Lunatic asylums Burma 1907-21 - 1907-1921
Year: 1907
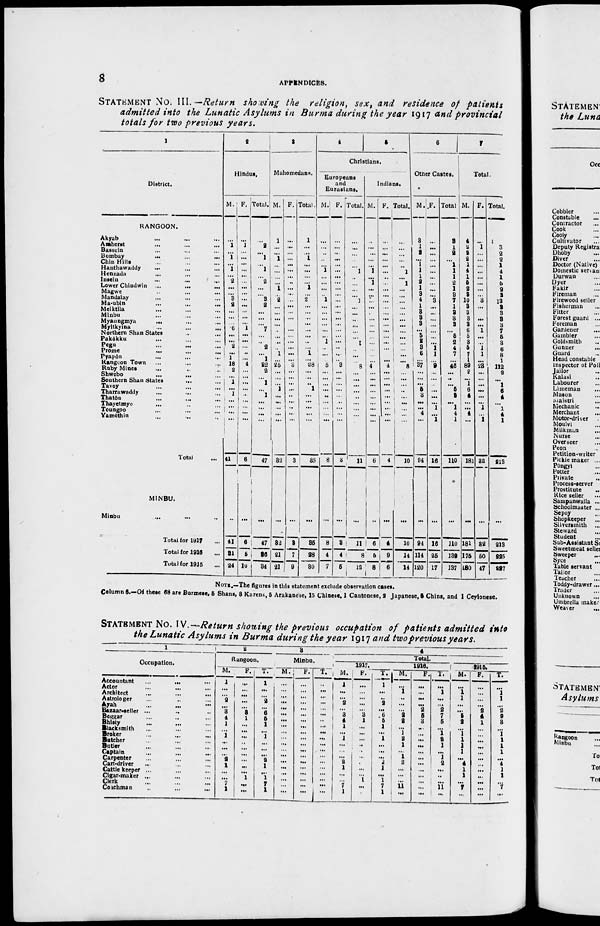
8 APPENDICES.
STATEMENT No. III.— Return showing the religion, sex, and residence of patients
admitted into the Lunatic Asylums in Burma during the year 1917 and provincial
totals for two previous years.
1
District.
RANGOON.
Akyab ... ... ...
Amherst ... ... ...
Bassein ... ... ...
Bombay
...
...
...
Chin Hills ... ... ...
Hanthawaddy ... ... ...
Henzada ... ... ...
Insein ... ... ...
Lower Chindwin ...
... ...
Magwe ... ... ...
Mandalay ... ... ...
Ma-ubin ... ... ...
Meiktila ... ... ...
Minbu ... ... ...
Myaungmya
... ... ...
Myitkyina
...
...
...
Northern Shan States ... ...
Pakôkku ... ... ...
Pegu ... ... ...
Prome ... ... ...
Pyapôn ... ... ...
Rangoon Town ... ... ...
Ruby Mines ... ... ...
Shwebo ... ... ...
Southern Shan States
... ...
Tavoy ... ... ...
Tharrawaddy ... ... ...
Thatôn ... ... ...
Thayetmyo ... ... ...
Toungoo ... ... ...
Yamèthin ... ... ...
Total ...
MINBU.
Minbu ... ... ...
Total for 1917 ...
Total for 1916 ...
Total for 1915 ...
2
Hindus.
M.
...
1
...
1
...
1
...
2
...
...
3
2
...
...
...
6
...
...
2
... 1
18
2
...
1
...
1
...
...
...
...
41
...
41
31
24
F.
...
1
... ...
...
...
...
... ...
...
...
...
...
...
...
1
...
...
... ...
... 4
...
...
...
...
...
...
...
...
...
6
...
6
5
10
Total.
...
2
...
1
... 1
...
2
...
... 3
2
...
... ...
7
...
... 2
... 1
22
2
...
1
...
1
...
...
...
...
47
...
47
36
34
3
Mahomedans.
M.
1
... ... 1
... ...
...
... 1
... 2
... ...
... ...
... ...
...
... 1
... 25
...
...
...
1
...
...
...
...
...
32
...
32
21
21
F.
...
...
...
...
...
...
...
...
...
...
... ...
...
...
... ...
... ...
...
...
... 3
...
...
...
...
...
...
...
...
...
3
...
3
7
9
Total.
1
...
...
1
...
...
...
... 1
...
2
...
...
...
...
...
...
...
...
1
...
28
...
...
...
1
...
...
...
...
...
35
...
35
28
30
4
5
Christians.
Europeans
and
Eurasians.
M.
...
...
...
... ...
1
...
...
... ...
1
...
...
...
... ...
... 1
...
...
... 5
...
...
...
...
...
...
...
...
...
8
...
8
4
7
F.
...
...
...
...
...
...
...
...
...
...
...
...
...
...
...
...
...
...
...
...
... 3
...
...
...
...
...
...
...
...
...
3
...
3
4
5
Total.
...
...
...
...
... 1
... ...
...
... 1
... ...
...
...
... ... 1
... ...
... 8
...
...
... ...
...
...
...
...
...
11
...
11
8
12
Indians.
M.
...
...
...
...
...
1
...
1
...
...
...
...
... ...
...
...
...
...
... ...
... 4
...
...
...
...
...
...
...
...
...
6
...
6
5
8
F.
...
...
...
...
...
...
...
...
...
...
...
...
...
...
...
... ...
... ...
...
...
4
...
...
... ...
...
... ...
...
...
4
...
4
9
6
Total.
...
... ...
...
... 1
... 1
...
...
...
...
...
...
...
...
...
...
...
...
...
8
...
...
...
...
...
...
...
...
...
10
...
10
14
14
6
Other Castes.
M.
3
1
2 ...
1
1
1
2
1 3
4
1
3 3
3
...
5
2
3
6
... 37
...
...
...
5
3
...
...
4
...
94
...
94
114
120
F.
...
...
...
...
...
...
...
...
...
...
3
...
...
...
...
...
...
...
1
1
... 9
...
...
...
...
...
...
1
...
1
16
...
16
25
17
Total.
3
1
2
...
1
1
1
2
1
3
7
1
3
3 3
... 5 2
4
7
... 46
...
...
...
5
3
...
1
4
1
110
...
110
139
137
7
Total.
M.
4
2
2
2
1
4
1
5
2
3
10
3
3
3
3
6
5
3
5
7
1 89
2
...
1
6
4
...
...
4
...
181
...
181
175
180
F.
...
1
...
...
...
...
...
...
...
...
3
...
... ...
...
1
...
...
1
1
... 23
...
...
...
...
...
...
1
...
1
32
...
32
50
47
Total.
4
3
2
2
1
4
1
5
2
3
13
3
3
3
3
7
5
3 6
8
1
112
2
...
1
6
4
...
1
4
1
213
...
213
225
227
NOTE.—The figures in this statement exclude observation cases.
Column 6.—Of these 68 are Burmese, 5 Shans, 8 Karens, 5 Arakanese, 15 Chinese, 1 Cantonese, 2 Japanese, 5 Chins, and 1 Ceylonese.
STATEMENT No. IV.—Return showing the previous occupation of patients admitted into
the Lunatic Asylums in Burma during the year 1917 and two previous years.
1
Occupation.
Accountant ... ... ...
Actor ... ... ...
Architect ... ... ...
Astrologer ... ... ...
Ayah ... ... ...
Bazaar-seller ... ... ...
Beggar ... ... ...
Bhisty ... ... ...
Blacksmith ... ... ...
Broker ... ... ...
Batcher ... ... ...
Butler ... ... ...
Captain ... ... ...
Carpenter ... ... ...
Cart-driver ... ... ...
Cattle keeper ... ... ...
Cigar-maker ... ... ...
Clerk ... ... ...
Coachman ... ... ...
2
Rangoon.
M.
1
...
...
2
...
3
4
1
...
1
...
...
...
2
1
...
...
7
1
F.
...
...
...
...
...
3
1
...
...
...
...
...
...
...
...
...
1
...
...
T.
1
...
...
2
...
6
5
1
...
1
...
...
...
2
1
...
1
7
1
3
Minbu.
M.
...
...
...
...
...
...
...
...
...
...
...
...
...
...
...
...
...
...
...
F.
...
...
...
...
...
...
...
...
...
...
...
...
...
...
...
...
...
...
...
T.
...
...
...
...
...
...
...
...
...
...
...
...
...
...
...
...
...
...
...
4
Total.
1917.
M.
1
...
...
2
...
3
4
1
...
1
...
...
...
2
1
...
...
7
1
F.
...
...
...
...
...
3
1
...
...
...
...
...
...
...
...
...
1
...
...
T. 1
...
...
2
...
6
5
1
...
1
...
...
...
2
1
...
1
7
1
1916.
M.
...
1
...
...
...
2
2
...
1
2
1
...
1
2
...
...
...
11
...
F.
...
...
...
...
2
5
3
...
...
...
...
...
...
...
...
...
...
...
...
T.
...
1
...
...
2
7
5
...
1
2
1
...
1
2
...
...
...
11
...
1915.
M.
...
1
1
...
...
5
2
...
1
1
1
1
...
4
1
1
...
7
...
F.
...
...
...
...
2
4
1
...
...
...
...
...
...
...
...
...
...
...
...
T.
...
1
1
...
2
9
3
...
1
1
1
1
...
4
1
1
...
7
...